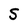
Character: S